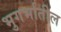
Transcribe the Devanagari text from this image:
भुगर्भातील